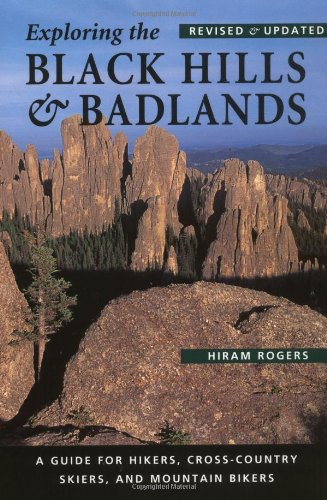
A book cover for Exploring the Black Hills and Badlands: A Guide for Hikers, Cross-Country Skiers, & Mountain Bikers; Hiram Rogers; Travel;